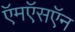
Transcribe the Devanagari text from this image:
ऍमऍसऍन